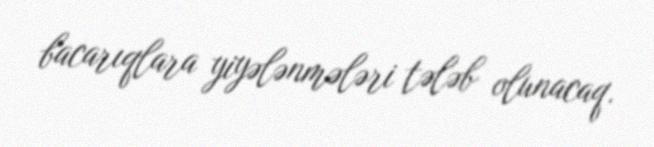
bacarıqlara yiyələnmələri tələb olunacaq.